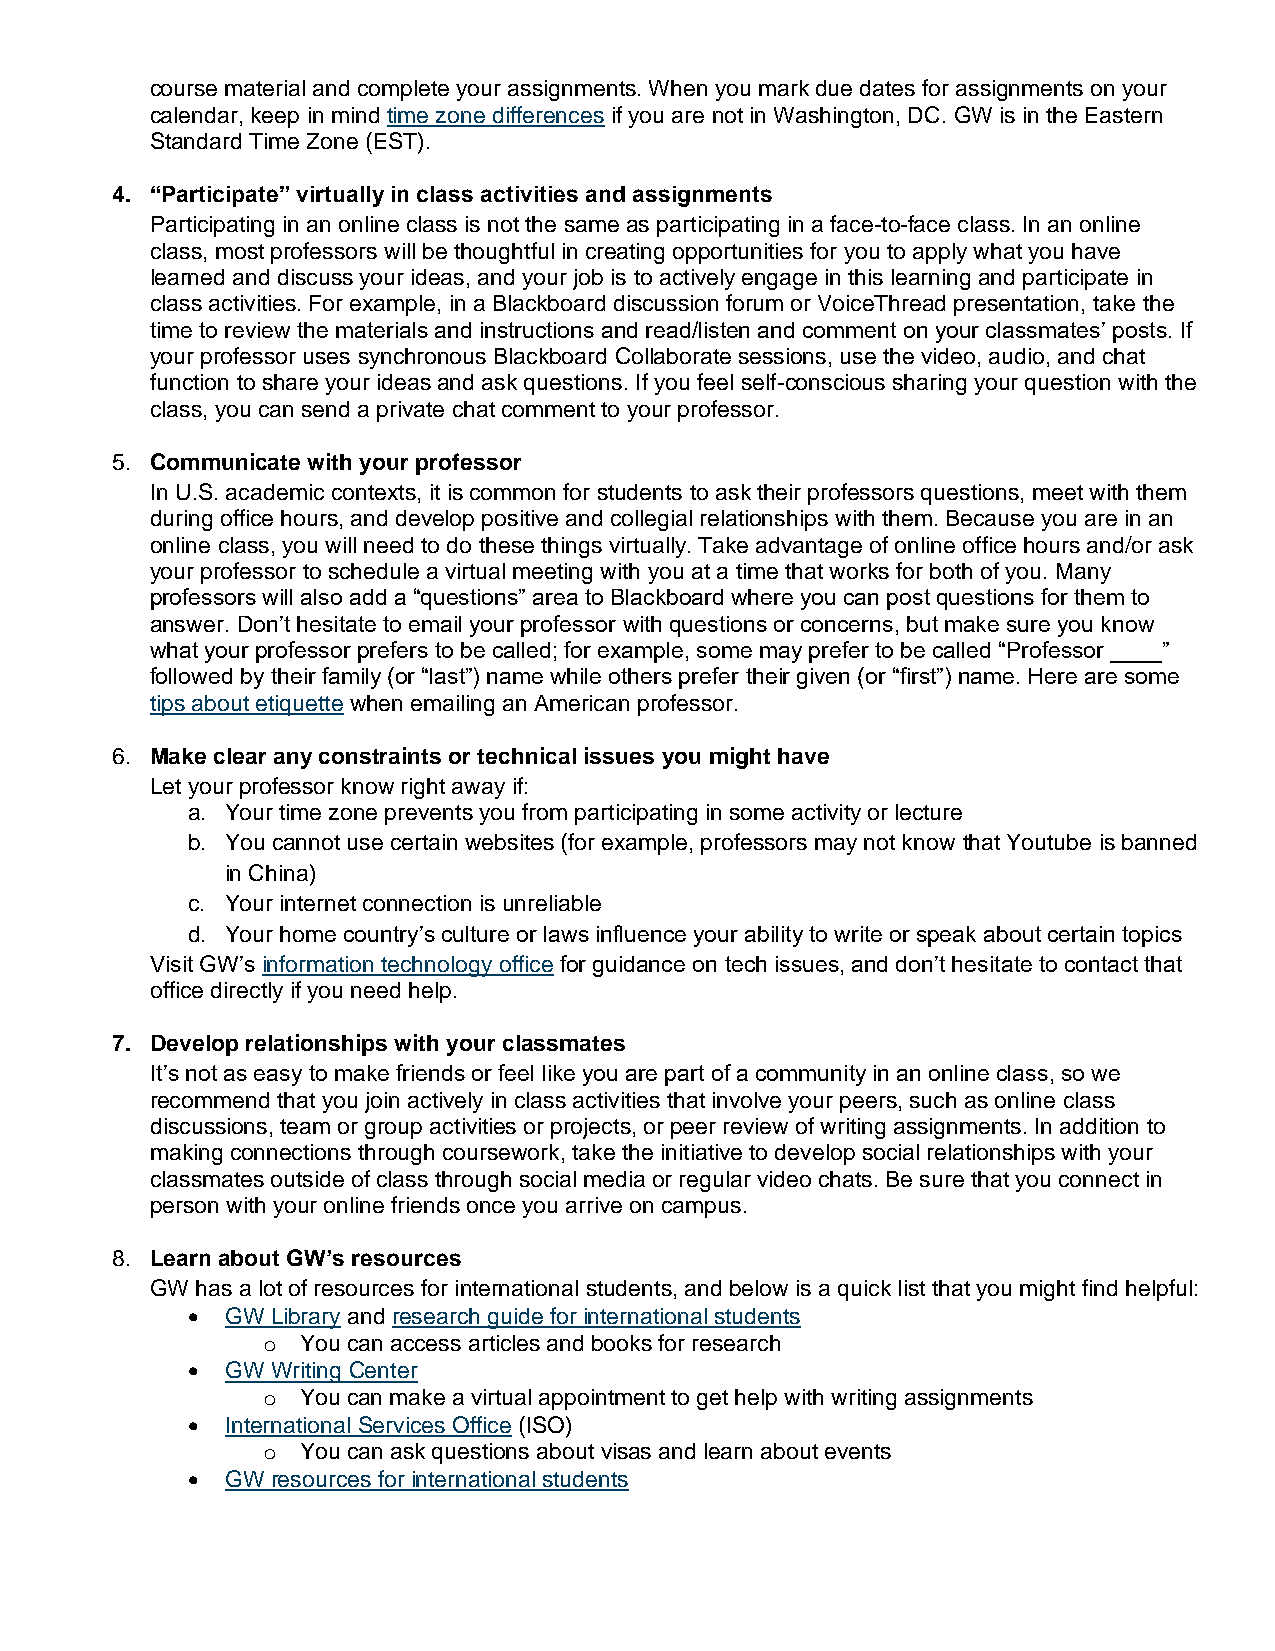
course material and complete your assignments. When you mark due dates for assignments on your
 calendar, keep in mind time zone differences if you are not in Washington, DC. GW is in the Eastern
 Standard Time Zone (EST).
 4. “Participate” virtually in class activities and assignments
 Participating in an online class is not the same as participating in a face-to-face class. In an online
 class, most professors will be thoughtful in creating opportunities for you to apply what you have
 learned and discuss your ideas, and your job is to actively engage in this learning and participate in
 class activities. For example, in a Blackboard discussion forum or VoiceThread presentation, take the
 time to review the materials and instructions and read/listen and comment on your classmates’ posts. If
 your professor uses synchronous Blackboard Collaborate sessions, use the video, audio, and chat
 function to share your ideas and ask questions. If you feel self-conscious sharing your question with the
 class, you can send a private chat comment to your professor.
 5. Communicate with your professor
 In U.S. academic contexts, it is common for students to ask their professors questions, meet with them
 during office hours, and develop positive and collegial relationships with them. Because you are in an
 online class, you will need to do these things virtually. Take advantage of online office hours and/or ask
 your professor to schedule a virtual meeting with you at a time that works for both of you. Many
 professors will also add a “questions” area to Blackboard where you can post questions for them to
 answer. Don’t hesitate to email your professor with questions or concerns, but make sure you know
 what your professor prefers to be called; for example, some may prefer to be called “Professor ____”
 followed by their family (or “last”) name while others prefer their given (or “first”) name. Here are some
 tips about etiquette when emailing an American professor.
 6. Make clear any constraints or technical issues you might have
 Let your professor know right away if:
 a. Your time zone prevents you from participating in some activity or lecture
 b. You cannot use certain websites (for example, professors may not know that Youtube is banned
 in China)
 c. Your internet connection is unreliable
 d. Your home country’s culture or laws influence your ability to write or speak about certain topics
 Visit GW’s information technology office for guidance on tech issues, and don’t hesitate to contact that
 office directly if you need help.
 7. Develop relationships with your classmates
 It’s not as easy to make friends or feel like you are part of a community in an online class, so we
 recommend that you join actively in class activities that involve your peers, such as online class
 discussions, team or group activities or projects, or peer review of writing assignments. In addition to
 making connections through coursework, take the initiative to develop social relationships with your
 classmates outside of class through social media or regular video chats. Be sure that you connect in
 person with your online friends once you arrive on campus.
 8. Learn about GW’s resources
 GW has a lot of resources for international students, and below is a quick list that you might find helpful:
   GW Library and research guide for international students
 o  You can access articles and books for research
   GW Writing Center
 o  You can make a virtual appointment to get help with writing assignments
   International Services Office (ISO)
 o  You can ask questions about visas and learn about events
   GW resources for international students